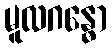
မူလဂန္ဓော